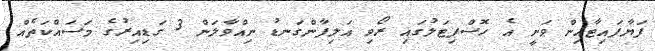
ފަޔާފައިޓާއިން ވަނީ އެ ހޮސްޕިޓަލުގައި ރޯވި އަލިފާންގަނޑު ނިއްވާލަން 3 ގަޑިއިރުގެ މަސައްކަތެއް